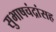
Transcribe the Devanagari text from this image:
सुभाषचंद्रांसह